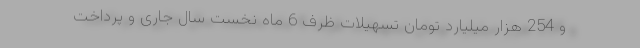
و 254 هزار میلیارد تومان تسهیلات ظرف 6 ماه نخست سال جاری و پرداخت